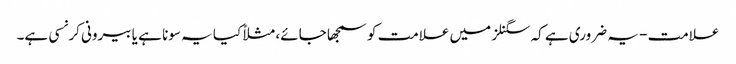
علامت - یہ ضروری ہے کہ سگنلز میں علامت کو سمجھا جائے، مثلاً کیا یہ سونا ہے یا بیرونی کرنسی ہے۔